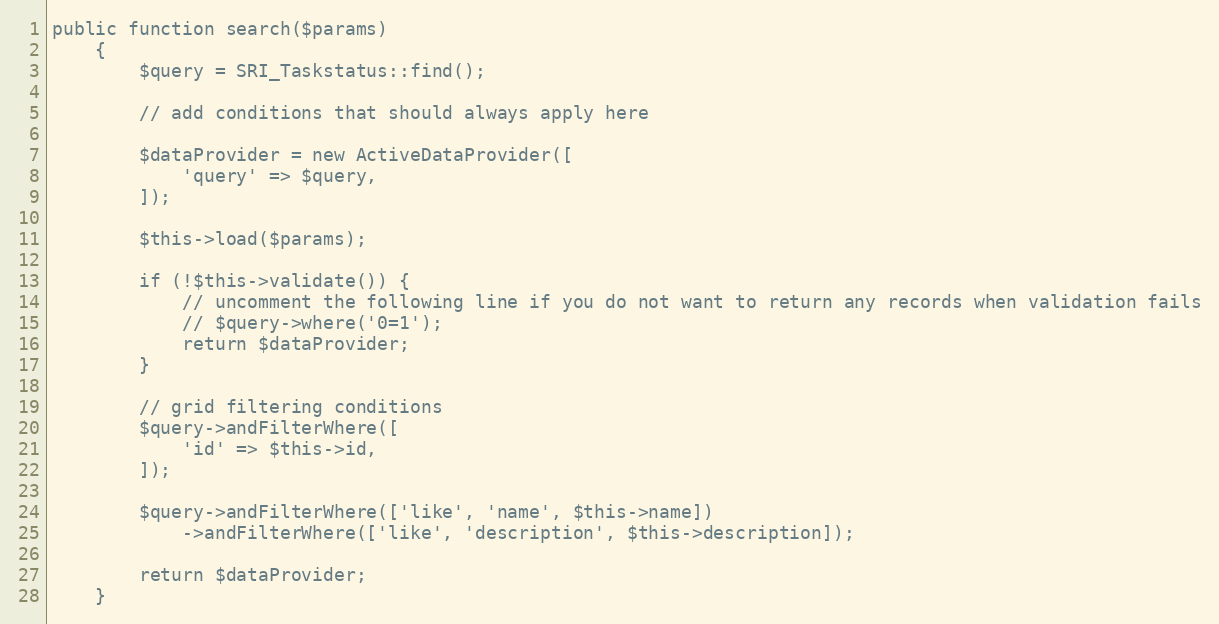
Language: PHP
public function search($params)
    {
        $query = SRI_Taskstatus::find();

        // add conditions that should always apply here

        $dataProvider = new ActiveDataProvider([
            'query' => $query,
        ]);

        $this->load($params);

        if (!$this->validate()) {
            // uncomment the following line if you do not want to return any records when validation fails
            // $query->where('0=1');
            return $dataProvider;
        }

        // grid filtering conditions
        $query->andFilterWhere([
            'id' => $this->id,
        ]);

        $query->andFilterWhere(['like', 'name', $this->name])
            ->andFilterWhere(['like', 'description', $this->description]);

        return $dataProvider;
    }